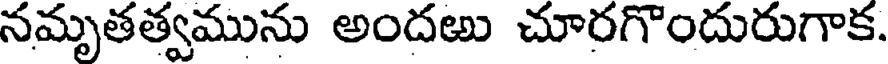
నమృతత్వమును అందఱు చూరగొందురుగాక.